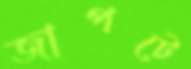
জাপটে